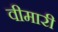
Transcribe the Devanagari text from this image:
वीमारी